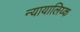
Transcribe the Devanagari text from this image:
न्यायालिय्क